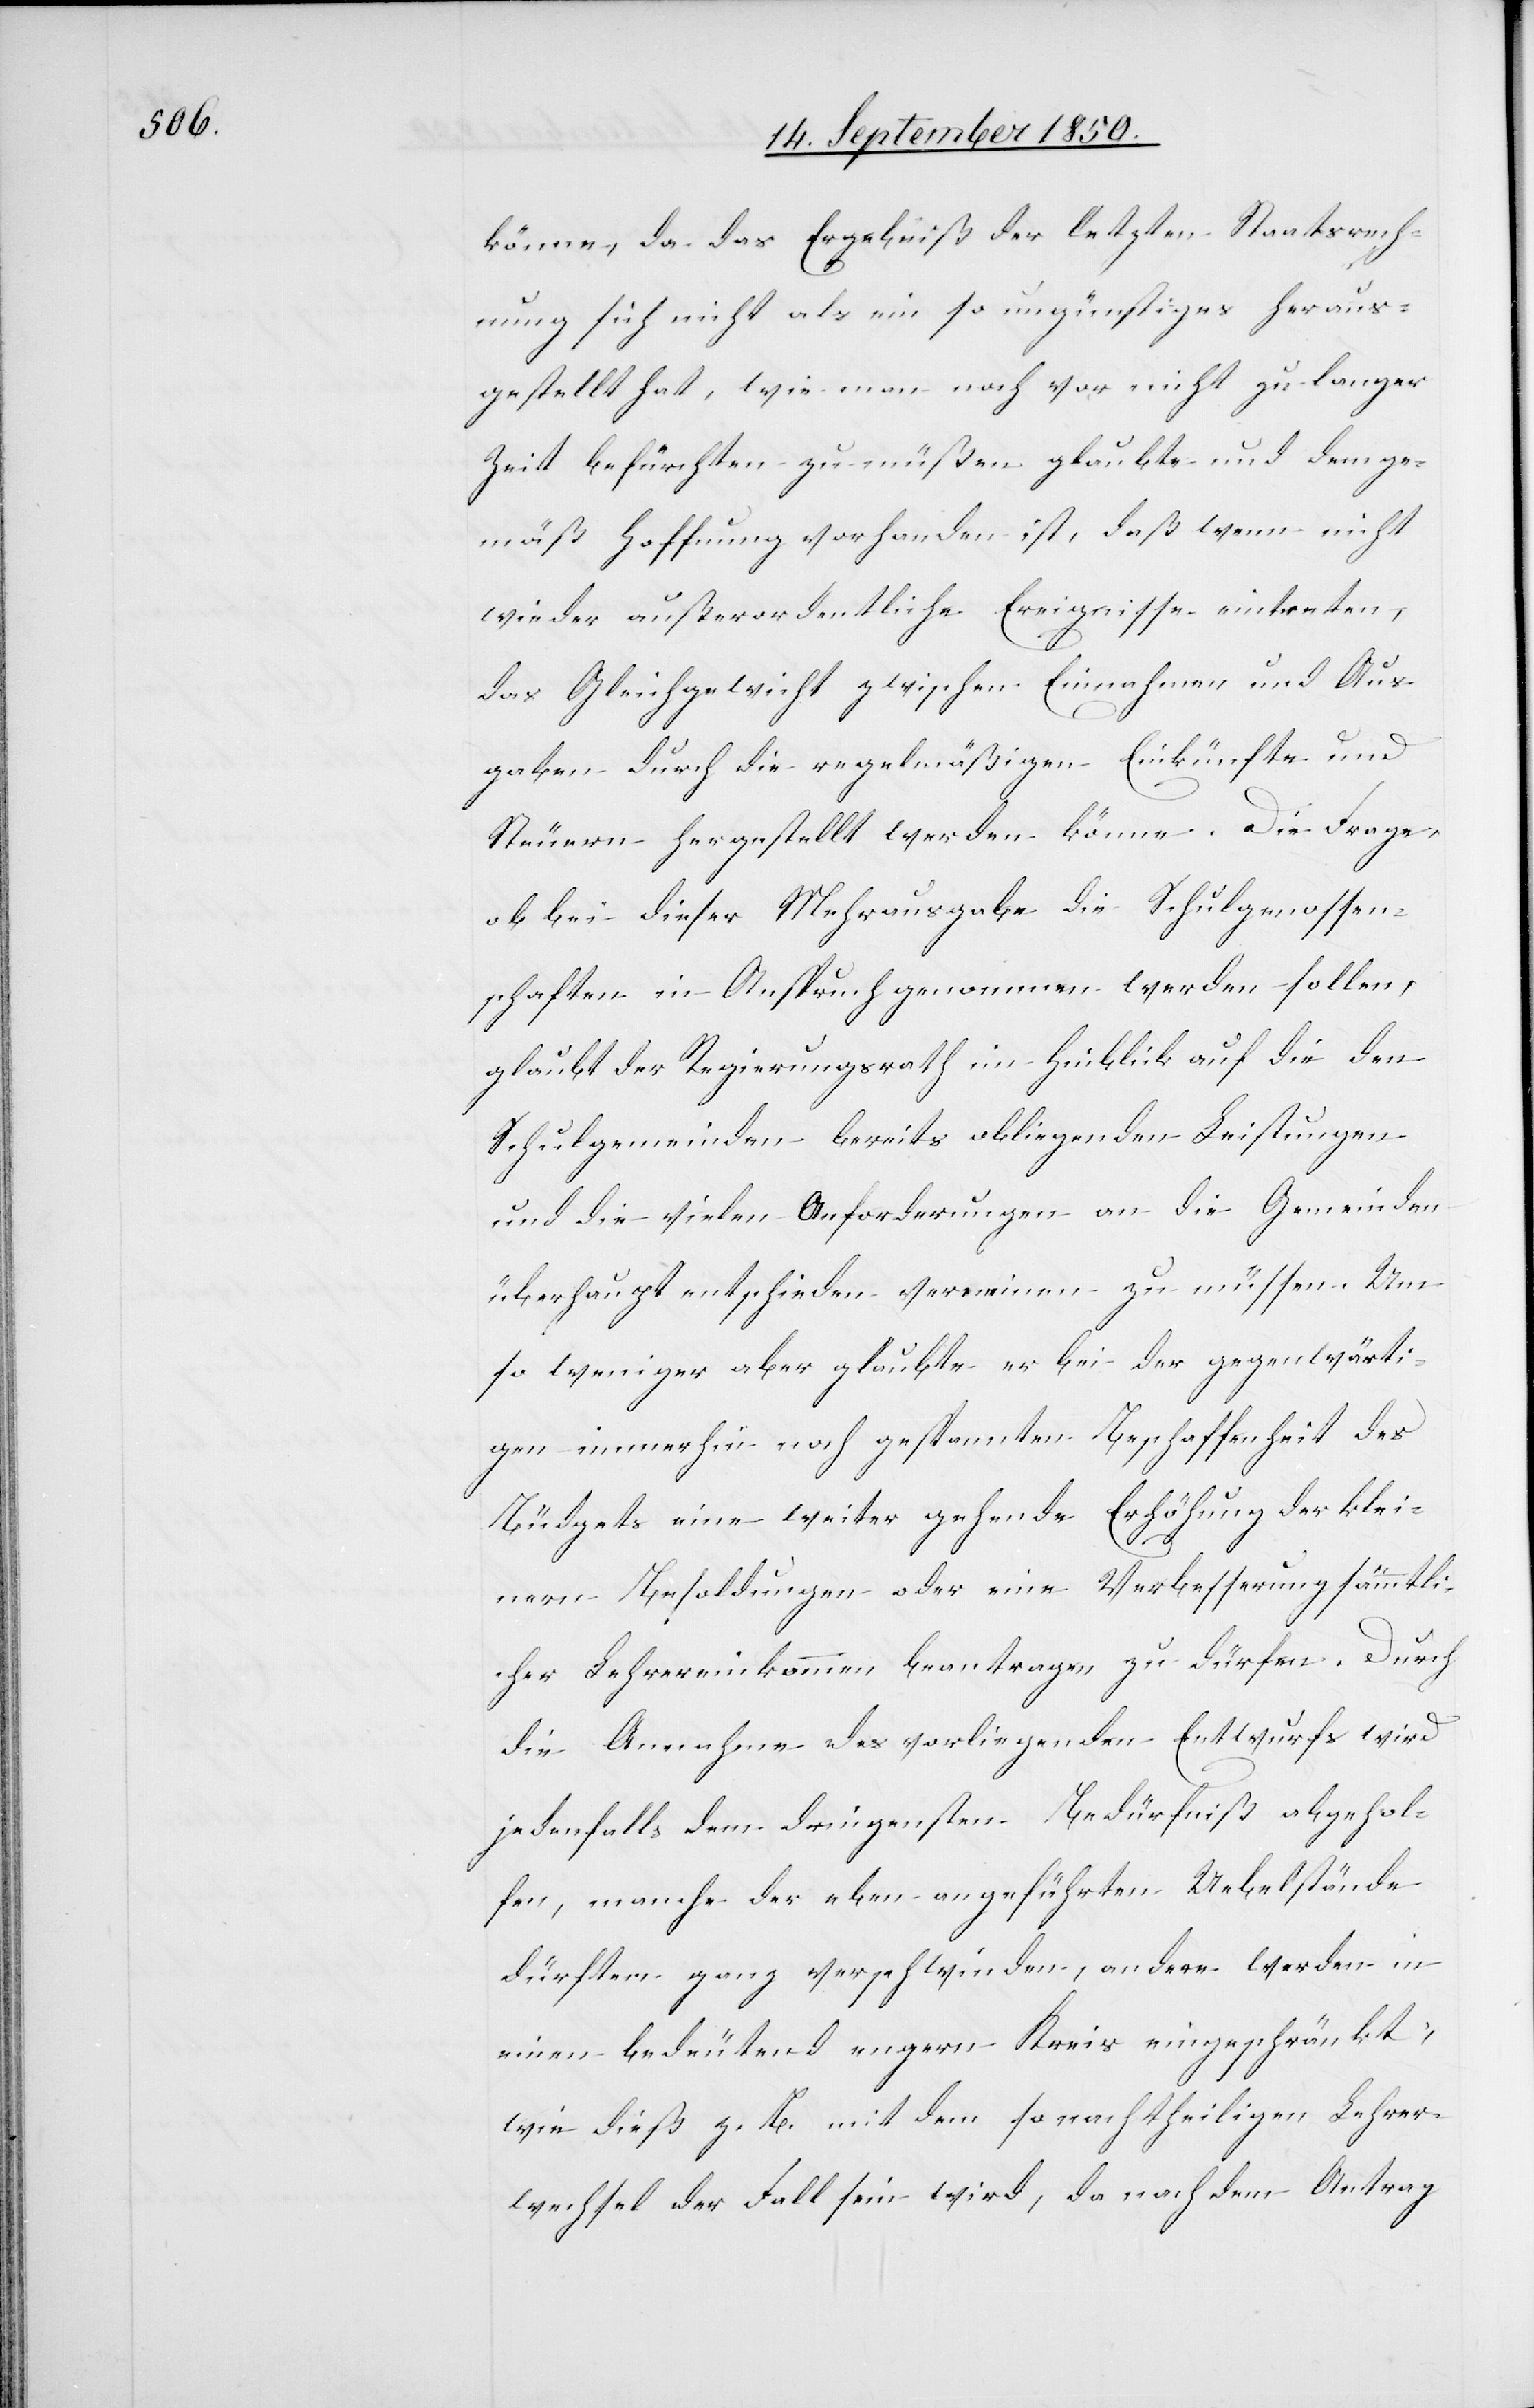
könne, da das Ergebniß der letzten Staatsrech¬
nung sich nicht als ein so ungünstiges heraus¬
gestellt hat, wie man noch vor nicht zu langer
Zeit befürchten zu müßen glaubte und dem ge¬
mäß Hoffnung vorhanden ist, daß wenn nicht
wieder außerordentliche Ereignisse eintreten,
das Gleichgewicht zwischen Einnahmen und Aus¬
gaben durch die regelmäßigen Einkünfte und
Steuern hergestellt werden könne. Die Frage,
ob bei dieser Mehrausgabe die Schulgenossen¬
schaften in Anspruch genommen werden sollen,
glaubt der Regierungsrath im Hinblick auf die den
Schulgemeinden bereits obliegenden Leistungen
und die vielen Anforderungen an die Gemeinden
überhaupt entschieden verneinen zu müssen. Um
so weniger aber glaubte er bei der gegenwärti¬
gen immerhin noch gespannten Beschaffenheit des
Büdgets eine weiter gehende Erhöhung der klei¬
nern Besoldungen oder eine Verbesserung sämmtli¬
cher Lehrereinkommen beantragen zu dürfen. Durch
die Annahme des vorliegenden Entwurfs wird
jedenfalls dem dringensten Bedürfniß abgehol¬
fen, manche der eben angeführten Uebelstände
dürften ganz verschwinden, andere werden in
einen bedeutend engern Kreis eingeschränkt,
wie dieß z. B. mit dem so nachtheiligen Lehrer¬
wechsel der Fall sein wird, da nach dem Antrag